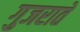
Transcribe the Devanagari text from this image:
गुजराते